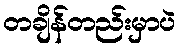
တချိန်တည်းမှာပဲ